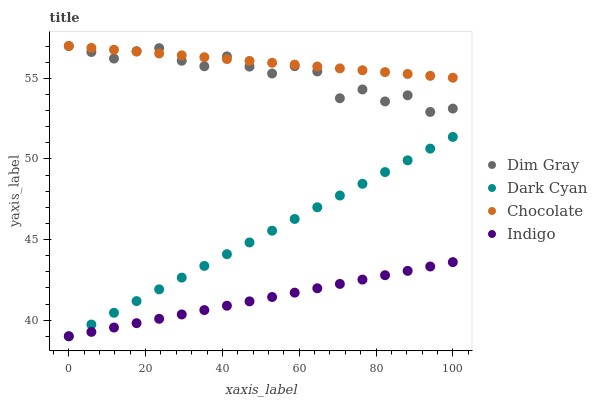
| xaxis_label | Dim Gray | Dark Cyan | Chocolate | Indigo |
 | --- | --- | --- | --- | --- |
 | 0 | 57 | 39 | 57 | 39 |
 | 5.88 | 56.6 | 39.7 | 56.9 | 39.3 |
 | 11.8 | 56.2 | 40.5 | 56.8 | 39.5 |
 | 17.6 | 56.7 | 41.2 | 56.7 | 39.8 |
 | 23.5 | 56.9 | 41.9 | 56.5 | 40.1 |
 | 29.4 | 56.1 | 42.6 | 56.4 | 40.4 |
 | 35.3 | 55.7 | 43.4 | 56.3 | 40.6 |
 | 41.2 | 56.4 | 44.1 | 56.2 | 40.9 |
 | 47.1 | 55.7 | 44.8 | 56.1 | 41.2 |
 | 52.9 | 55.3 | 45.5 | 56 | 41.4 |
 | 58.8 | 55.7 | 46.3 | 55.8 | 41.7 |
 | 64.7 | 55.4 | 47 | 55.7 | 42 |
 | 70.6 | 53.8 | 47.7 | 55.6 | 42.2 |
 | 76.5 | 54.3 | 48.5 | 55.5 | 42.5 |
 | 82.4 | 53.6 | 49.2 | 55.4 | 42.8 |
 | 88.2 | 53.9 | 49.9 | 55.3 | 43.1 |
 | 94.1 | 52.9 | 50.6 | 55.2 | 43.3 |
 | 100 | 53.1 | 51.4 | 55 | 43.6 |